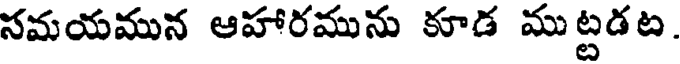
సమయమున ఆహారమును కూడ ముట్టడట.